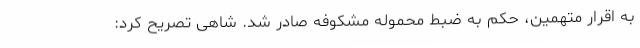
به اقرار متهمین، حکم به ضبط محموله مشکوفه صادر شد. شاهی تصریح کرد: